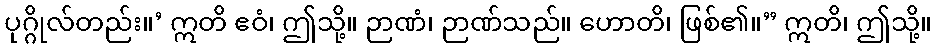
ပုဂ္ဂိုလ်တည်း။’ ဣတိ ဧဝံ၊ ဤသို့။ ဉာဏံ၊ ဉာဏ်သည်။ ဟောတိ၊ ဖြစ်၏။” ဣတိ၊ ဤသို့။